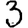
Digit: 3